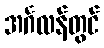
အင်္ဂလန်တွင်